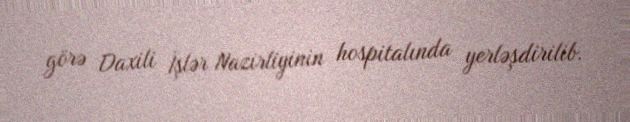
görə Daxili İşlər Nazirliyinin hospitalında yerləşdirilib.